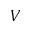
V